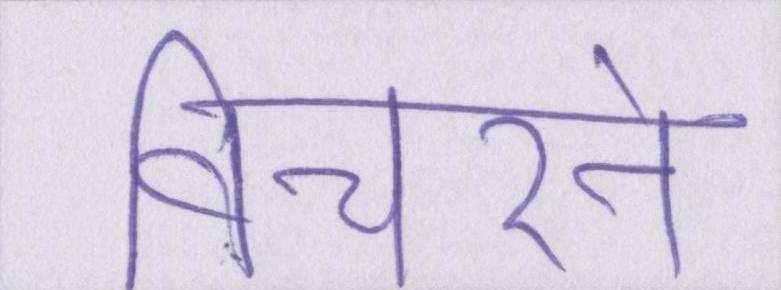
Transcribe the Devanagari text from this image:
विचरने